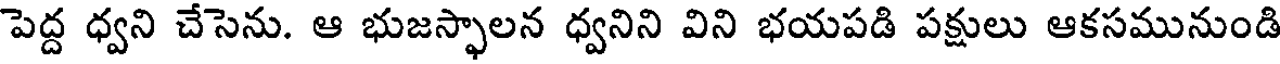
పెద్ద ధ్వని చేసెను. ఆ భుజస్ఫాలన ధ్వనిని విని భయపడి పక్షులు ఆకసమునుండి